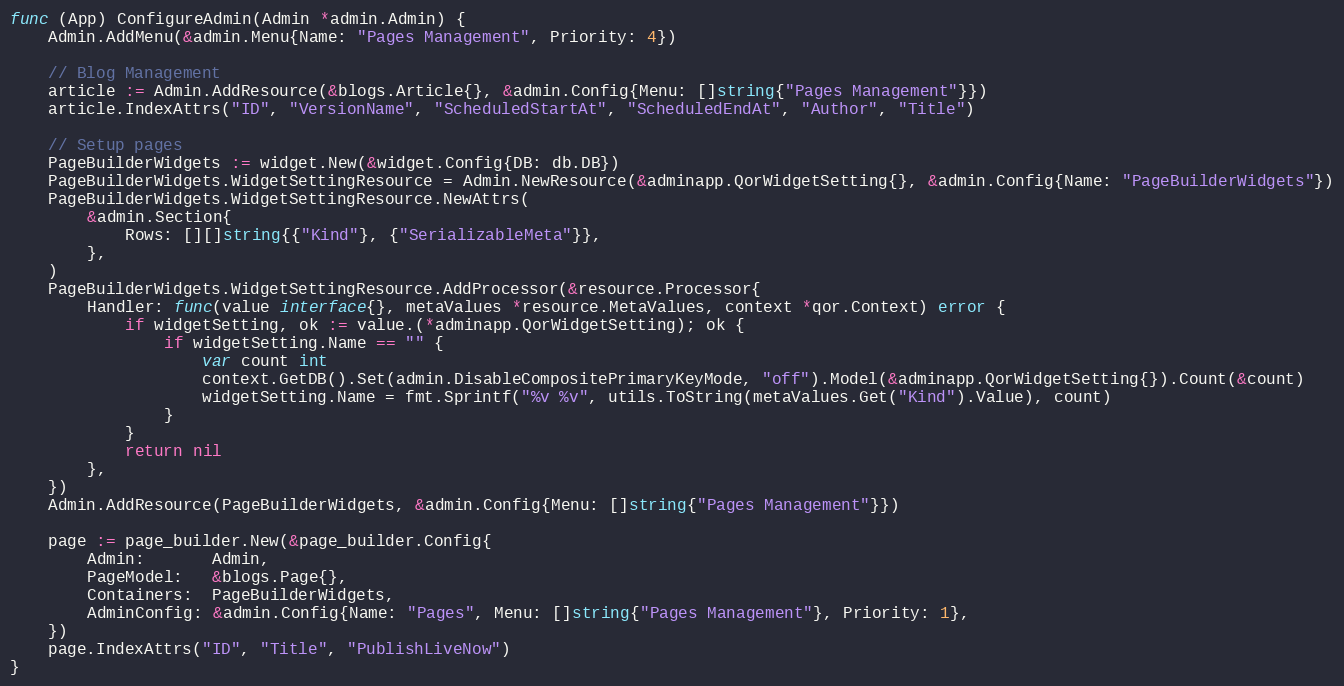
Language: Go
func (App) ConfigureAdmin(Admin *admin.Admin) {
	Admin.AddMenu(&admin.Menu{Name: "Pages Management", Priority: 4})

	// Blog Management
	article := Admin.AddResource(&blogs.Article{}, &admin.Config{Menu: []string{"Pages Management"}})
	article.IndexAttrs("ID", "VersionName", "ScheduledStartAt", "ScheduledEndAt", "Author", "Title")

	// Setup pages
	PageBuilderWidgets := widget.New(&widget.Config{DB: db.DB})
	PageBuilderWidgets.WidgetSettingResource = Admin.NewResource(&adminapp.QorWidgetSetting{}, &admin.Config{Name: "PageBuilderWidgets"})
	PageBuilderWidgets.WidgetSettingResource.NewAttrs(
		&admin.Section{
			Rows: [][]string{{"Kind"}, {"SerializableMeta"}},
		},
	)
	PageBuilderWidgets.WidgetSettingResource.AddProcessor(&resource.Processor{
		Handler: func(value interface{}, metaValues *resource.MetaValues, context *qor.Context) error {
			if widgetSetting, ok := value.(*adminapp.QorWidgetSetting); ok {
				if widgetSetting.Name == "" {
					var count int
					context.GetDB().Set(admin.DisableCompositePrimaryKeyMode, "off").Model(&adminapp.QorWidgetSetting{}).Count(&count)
					widgetSetting.Name = fmt.Sprintf("%v %v", utils.ToString(metaValues.Get("Kind").Value), count)
				}
			}
			return nil
		},
	})
	Admin.AddResource(PageBuilderWidgets, &admin.Config{Menu: []string{"Pages Management"}})

	page := page_builder.New(&page_builder.Config{
		Admin:       Admin,
		PageModel:   &blogs.Page{},
		Containers:  PageBuilderWidgets,
		AdminConfig: &admin.Config{Name: "Pages", Menu: []string{"Pages Management"}, Priority: 1},
	})
	page.IndexAttrs("ID", "Title", "PublishLiveNow")
}